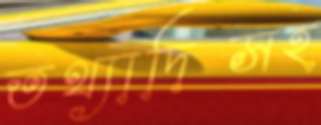
তথ্যাদিসহ